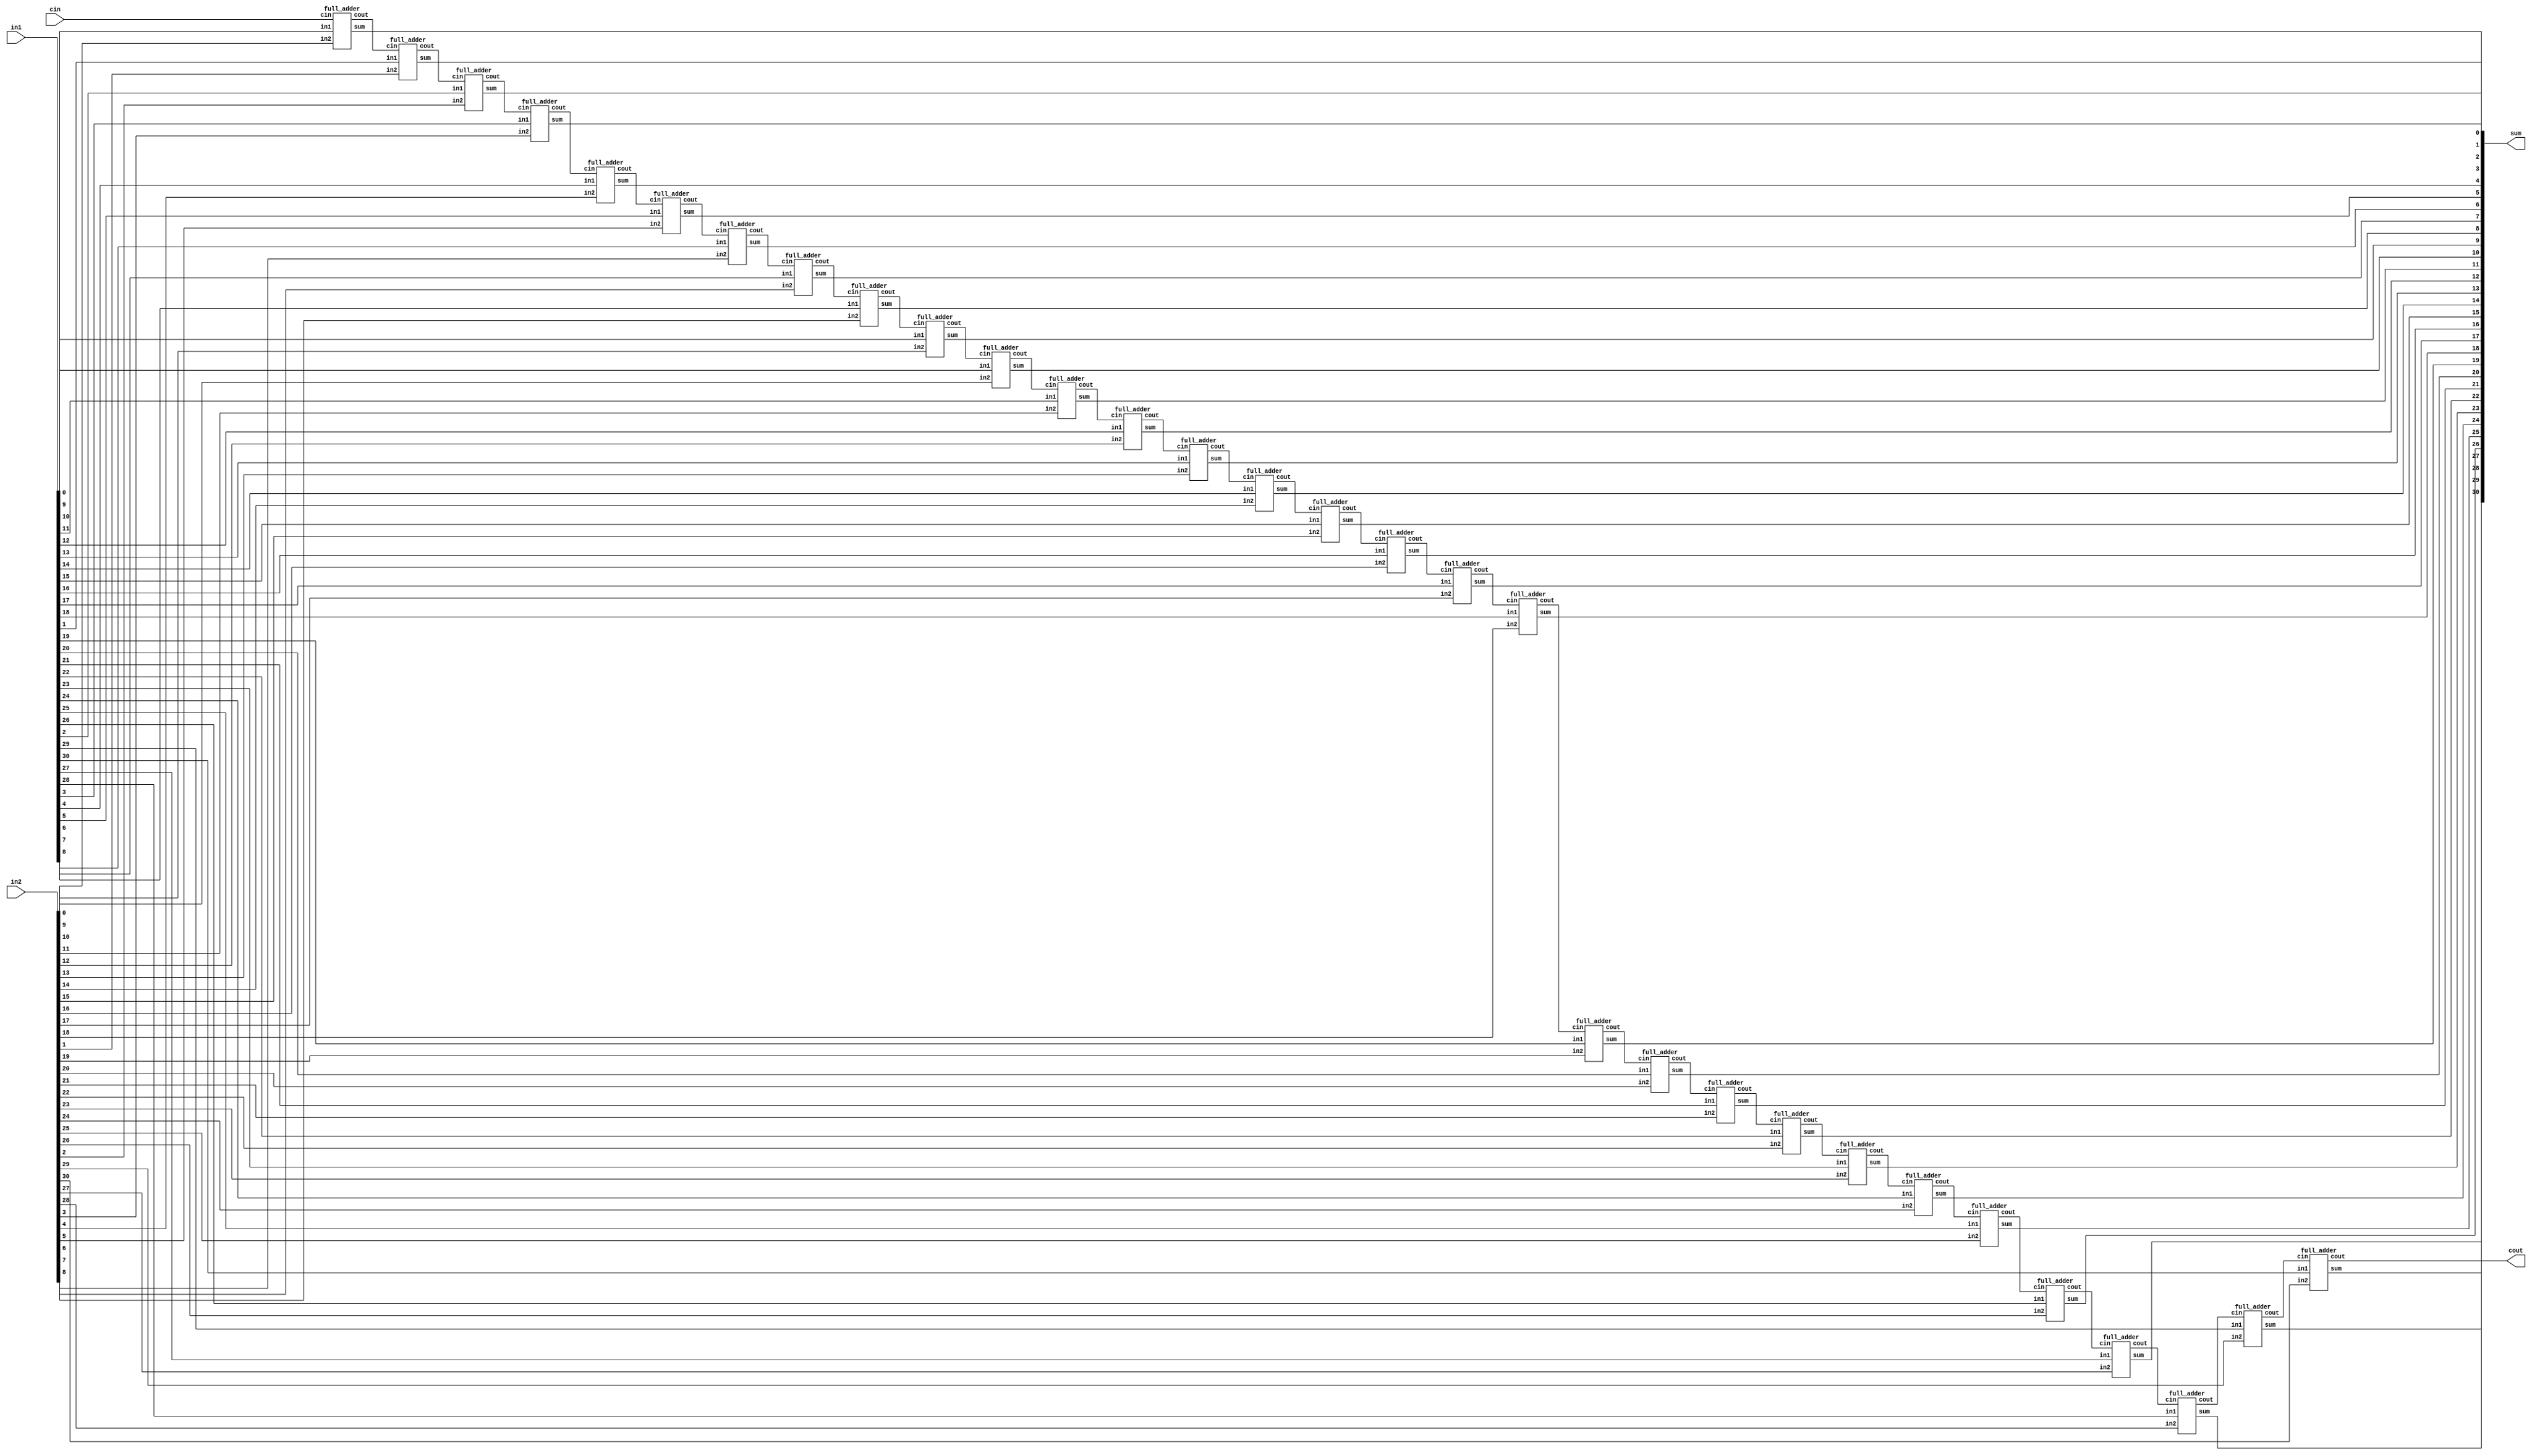
/////////////////////////////////////////////////////////////////////////
////
//// Module Name: Ripple Carry Adder (16-bits)
//// Function: Implements an 32-bit Ripple Carry Adder
////
/////////////////////////////////////////////////////////////////////////
module ripple_carry_adder_32(output [31:0] sum,
                      output cout,
                      input [31:0] in1, in2,
                      input cin);

    /* Area: 
     * Power: mW
     * Timing: ns
     */

    wire c1, c2, c3, c4, c5, c6, c7, c8, c9, c10, c11, c12, c13, c14, c15, c16, c17, c18, c19, c20, c21, c22, c23, c24, c25, c26, c27, c28, c29, c30, c31;
    full_adder FA1(sum[0],   c1,   in1[0],  in2[0], cin);
    full_adder FA2(sum[1],   c2,   in1[1],  in2[1], c1);
    full_adder FA3(sum[2],   c3,   in1[2],  in2[2], c2);
    full_adder FA4(sum[3],   c4,   in1[3],  in2[3], c3);
    full_adder FA5(sum[4],   c5,   in1[4],  in2[4], c4);
    full_adder FA6(sum[5],   c6,   in1[5],  in2[5], c5);
    full_adder FA7(sum[6],   c7,   in1[6],  in2[6], c6);
    full_adder FA8(sum[7],   c8,   in1[7],  in2[7], c7);
    full_adder FA9(sum[8],   c9,   in1[8],  in2[8], c8);
    full_adder FA10(sum[9],  c10,  in1[9],  in2[9], c9);
    full_adder FA11(sum[10], c11,  in1[10], in2[10], c10);
    full_adder FA12(sum[11], c12,  in1[11], in2[11], c11);
    full_adder FA13(sum[12], c13,  in1[12], in2[12], c12);
    full_adder FA14(sum[13], c14,  in1[13], in2[13], c13);
    full_adder FA15(sum[14], c15,  in1[14], in2[14], c14);
    full_adder FA16(sum[15], c16,  in1[15], in2[15], c15);
    full_adder FA17(sum[16], c17,  in1[16], in2[16], c16);
    full_adder FA18(sum[17], c18,  in1[17], in2[17], c17);
    full_adder FA19(sum[18], c19,  in1[18], in2[18], c18);
    full_adder FA20(sum[19], c20,  in1[19], in2[19], c19);
    full_adder FA21(sum[20], c21,  in1[20], in2[20], c20);
    full_adder FA22(sum[21], c22,  in1[21], in2[21], c21);
    full_adder FA23(sum[22], c23,  in1[22], in2[22], c22);
    full_adder FA24(sum[23], c24,  in1[23], in2[23], c23);
    full_adder FA25(sum[24], c25,  in1[24], in2[24], c24);
    full_adder FA26(sum[25], c26,  in1[25], in2[25], c25);
    full_adder FA27(sum[26], c27,  in1[26], in2[26], c26);
    full_adder FA38(sum[27], c28,  in1[27], in2[27], c27);
    full_adder FA39(sum[28], c29,  in1[28], in2[28], c28);
    full_adder FA30(sum[29], c30,  in1[29], in2[29], c29);
    full_adder FA31(sum[30], cout, in1[30], in2[30], c30);
endmodule

module half_adder(output wire sum,
                  output wire cout,
                  input wire in1,
                  input wire in2);
    xor(sum, in1, in2);
    and(cout, in1, in2);
endmodule

module full_adder(output wire sum,
                  output wire cout,
                  input wire in1,
                  input wire in2,
                  input wire cin);
    wire temp1;
    wire temp2;
    wire temp3;
    xor(sum, in1, in2, cin);
    and(temp1,in1,in2);
    and(temp2,in1,cin);
    and(temp3,in2,cin);
    or(cout,temp1,temp2,temp3);
endmodule